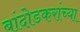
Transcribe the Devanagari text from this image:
बांदोडकरांच्या